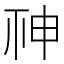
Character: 𥙍